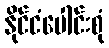
နိုင်ငံပေါင်းစုံ